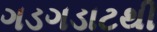
ગડગડાટથી